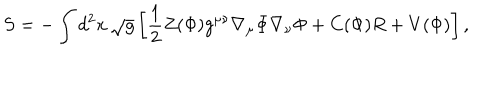
S = - \int d ^ { 2 } x \, \sqrt { g } \left[ { \frac { 1 } { 2 } } Z ( \Phi ) g ^ { \mu \nu } \nabla _ { \mu } \Phi \nabla _ { \nu } \Phi + C ( \Phi ) R + V ( \Phi ) \right] ,